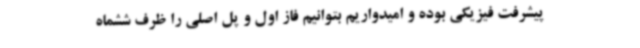
پیشرفت فیزیکی بوده و امیدواریم بتوانیم فاز اول و پل اصلی را ظرف ششماه